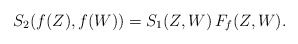
\begin{align*} S_2( f(Z),f(W)) = S_1(Z,W)\, F_f(Z,W).\end{align*}